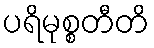
ပရိမုစ္စတီတိ